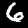
Digit: 6